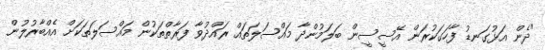
"ދެން އަޅުގަނޑު ފާހަގަކުރަން އޭސީސީން ބަލަމުންދާ މައްސަލަތައް ރައްދުވާ ފަރާތްތަކުން މައްސަލަތަކަށް އެއްބާރުލުން